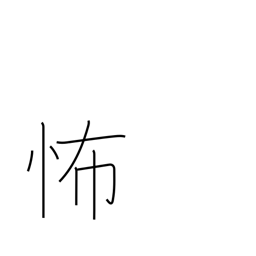
Meaning: dreadful